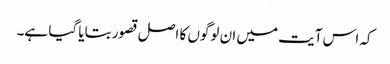
کہ اس آیت میں ان لوگوں کا اصل قصور بتایا گیا ہے۔